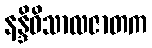
နန္ဒိဝိသာလဇာတက